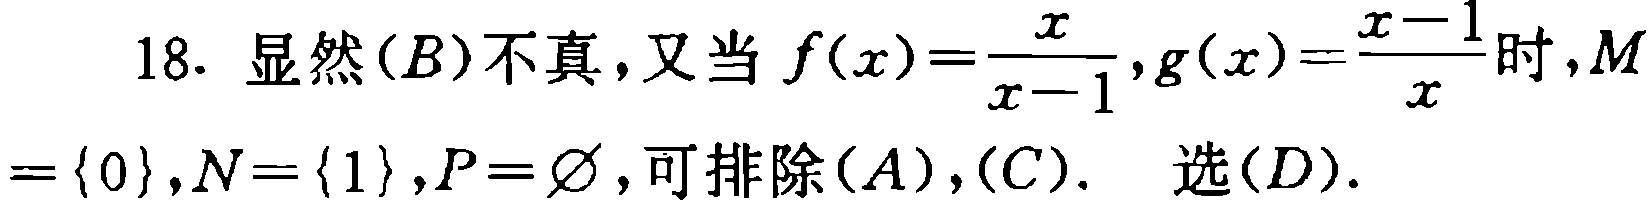
18. 显然$(B)$不真，又当$f(x)=\frac{x}{x - 1},g(x)=\frac{x - 1}{x}$时，$M = \{0\},N = \{1\},P=\varnothing$，可排除$(A),(C)$.  选$(D)$.